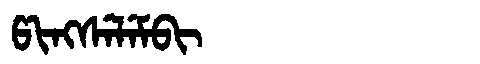
Manchu: ᡦᡳᠩᠰᡝᠯᡝᠮᠪᡳ
Romanization: PINGSELEMBI